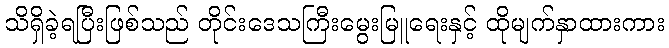
သိရှိခဲ့ရပြီးဖြစ်သည် တိုင်းဒေသကြီးမွေးမြူရေးနှင့် ထိုမျက်နှာထားကား